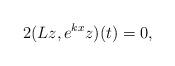
LaTeX: \begin{align*}2(Lz, e^{kx}z)(t)=0, \end{align*}